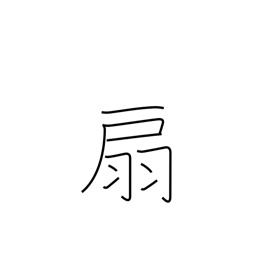
Meaning: fan